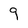
Character: 9